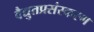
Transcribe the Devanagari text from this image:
वैद्युतप्रसंस्करण